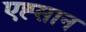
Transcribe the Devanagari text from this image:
एह्सान